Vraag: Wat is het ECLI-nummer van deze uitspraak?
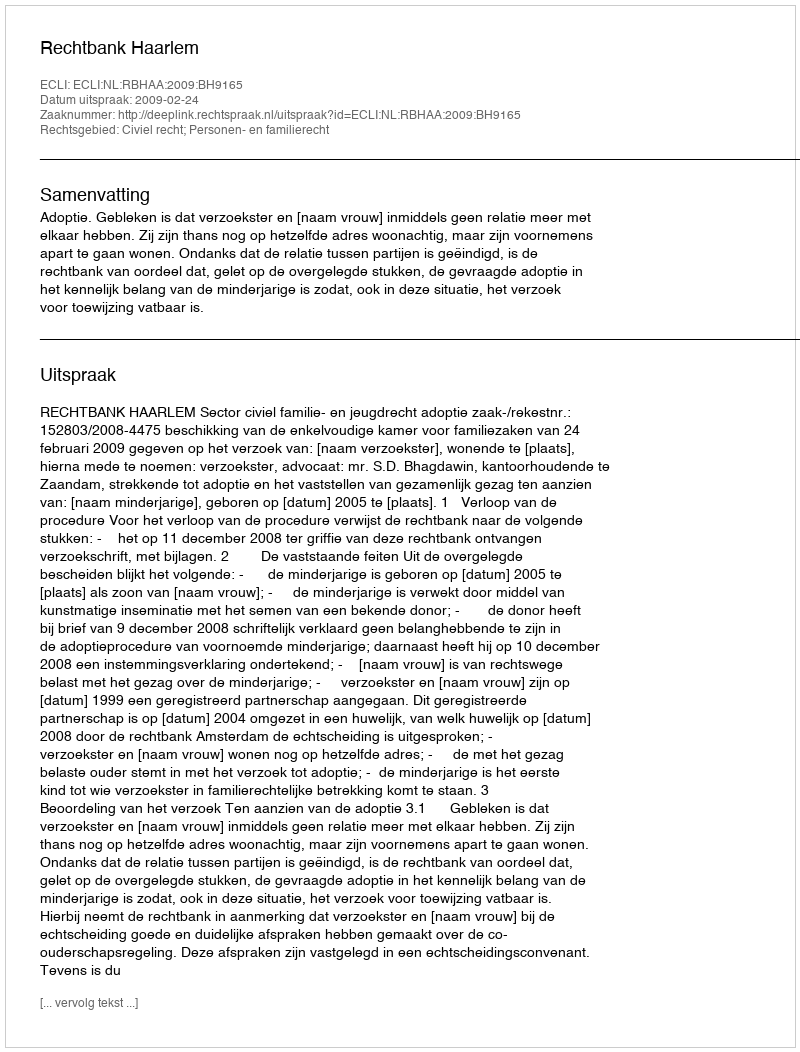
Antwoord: ECLI:NL:RBHAA:2009:BH9165